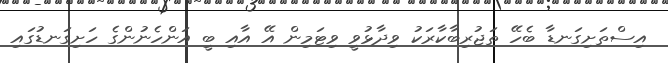
އިސްތަށިގަނޑާ ބެހޭ ތަޖުރިބާކާރަކު ވިދާޅުވީ ވިޓަމިން އޭ އާއި ބީ އަންހެނުންގެ ހަށިގަނޑުގައި